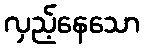
လှည့်နေသော